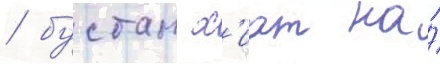
/ бустан х'иат на́